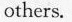
others.